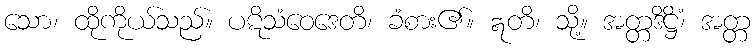
သော၊ ထိုကိုယ်သည်။ ပဋိသံဝေဒေတိ၊ ခံစား၏။ ဣတိ၊ သို့။ အတ္တဒိဋ္ဌိံ၊ အတ္တ